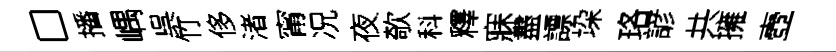
□播嵎呉竹侈渚甯况夜欹科釋寐盡謤垜珞諺共擁壺